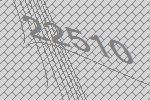
22510